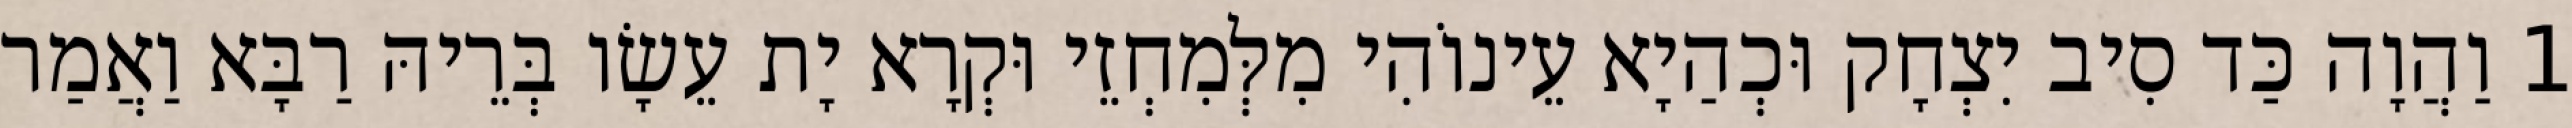
1 וַהֲוָה כַּד סִיב יִצְחָק וּכְהַיָא עֵינוֹהִי מִלְּמִחְזֵי וּקְרָא יָת עֵשָׂו בְּרֵיהּ רַבָּא וַאֲמַר